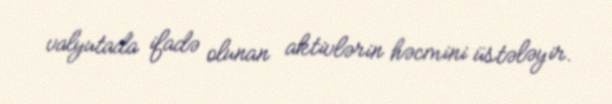
valyutada ifadə olunan aktivlərin həcmini üstələyir.